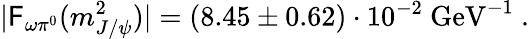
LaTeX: |\mathsf{F}_{\omega\pi^{0}}(m_{J/\psi}^{2})|=(8.45\pm0.62)\cdot10^{-2}\ \mathrm{{GeV}}^{-1}\ .